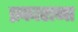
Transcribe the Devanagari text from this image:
प्रकाराना